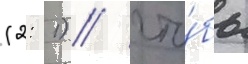
(2: 1) / что́бы